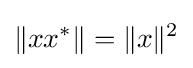
\|xx^{*}\|=\|x\|^{2}